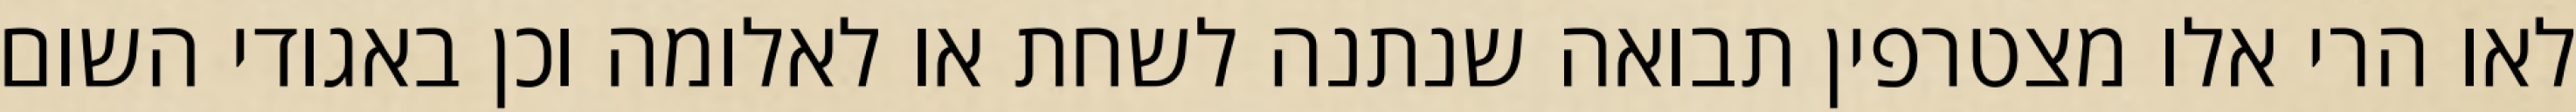
לאו הרי אלו מצטרפין תבואה שנתנה לשחת או לאלומה וכן באגודי השום